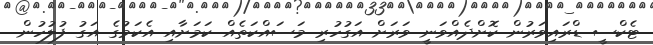
ޓެކްސީ ޑްރައިވަރުން ކޮށްދެއްވަނީ ވަރަށް އަގުހުރި މަސައްކަތެއް ކަމަށާއި އެކަމުގެ އަގު ފުލުހުން